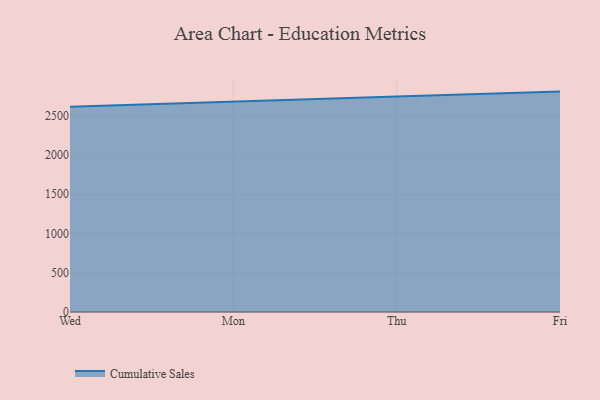
{"axis": {"x": "Day", "y": "Gross Profit (USD K)"}, "legend": ["Cumulative Sales"], "data": [{"x": "Wed", "y": 2612.0, "type": "Cumulative Sales"}, {"x": "Mon", "y": 2680.2, "type": "Cumulative Sales"}, {"x": "Thu", "y": 2743.7, "type": "Cumulative Sales"}, {"x": "Fri", "y": 2805.4, "type": "Cumulative Sales"}]}